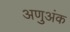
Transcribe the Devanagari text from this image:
अणुअंक